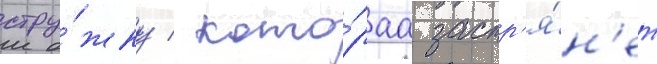
стру́жку / кото́раа застр'я́н'ет